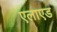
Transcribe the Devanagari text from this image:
एलाएड